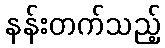
နန်းတက်သည့်